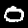
Digit: 0